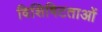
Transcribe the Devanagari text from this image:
विशिषिटताओं